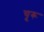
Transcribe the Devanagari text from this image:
चू़रू